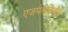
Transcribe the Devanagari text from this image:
एजमेलेलिनीन